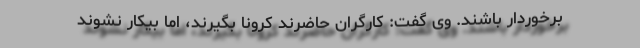
برخوردار باشند. وی گفت: کارگران حاضرند کرونا بگیرند، اما بیکار نشوند